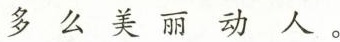
多么美丽动人。